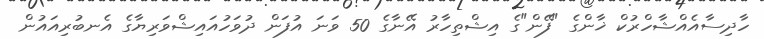
ހާދިސާއެއްޝާހްރުކް ޚާންގެ "ފޭން"ގެ އިޝްތިހާރު އޭނާގެ 50 ވަނަ އުފަން ދުވަހުއައިޝްވަރިޔާގެ އެނބުރިއައުން